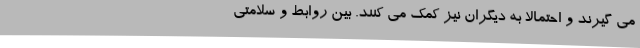
می گیرند و احتمالاً به دیگران نیز کمک می کنند. بین روابط و سلامتی